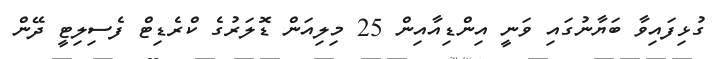
ގުޅިފައިވާ ބަޔާނުގައި ވަނީ އިންޑިއާއިން 25 މިލިއަން ޑޮލަރުގެ ކްރެޑިޓް ފެސިލިޓީ ދޭން